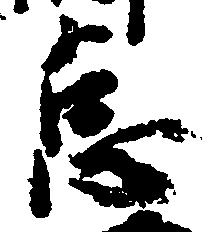
怠